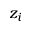
z _ { i }